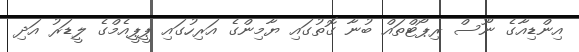
އިންޑިއާގެ ނޫސް ރިޕޯޓްތައް ބުނާ ގޮތުގައި ޔާމިންގެ އަރިހުގައި ޕީޕީއެމްގެ ލީޑަރު އަދި